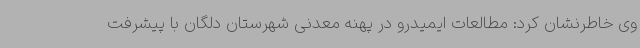
وی خاطرنشان کرد: مطالعات ایمیدرو در پهنه معدنی شهرستان دلگان با پیشرفت